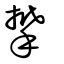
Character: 攀